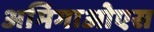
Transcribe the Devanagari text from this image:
अमिगाओएस